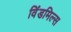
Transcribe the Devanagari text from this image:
विंडमिल्स